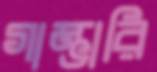
গাম্ভারি